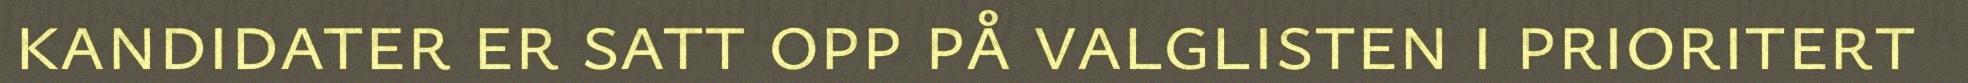
kandidater er satt opp på valglisten i prioritert